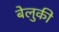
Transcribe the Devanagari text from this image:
बेलुकी